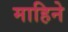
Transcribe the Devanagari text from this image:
माहिने